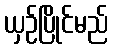
ယှဉ်ပြိုင်မည်